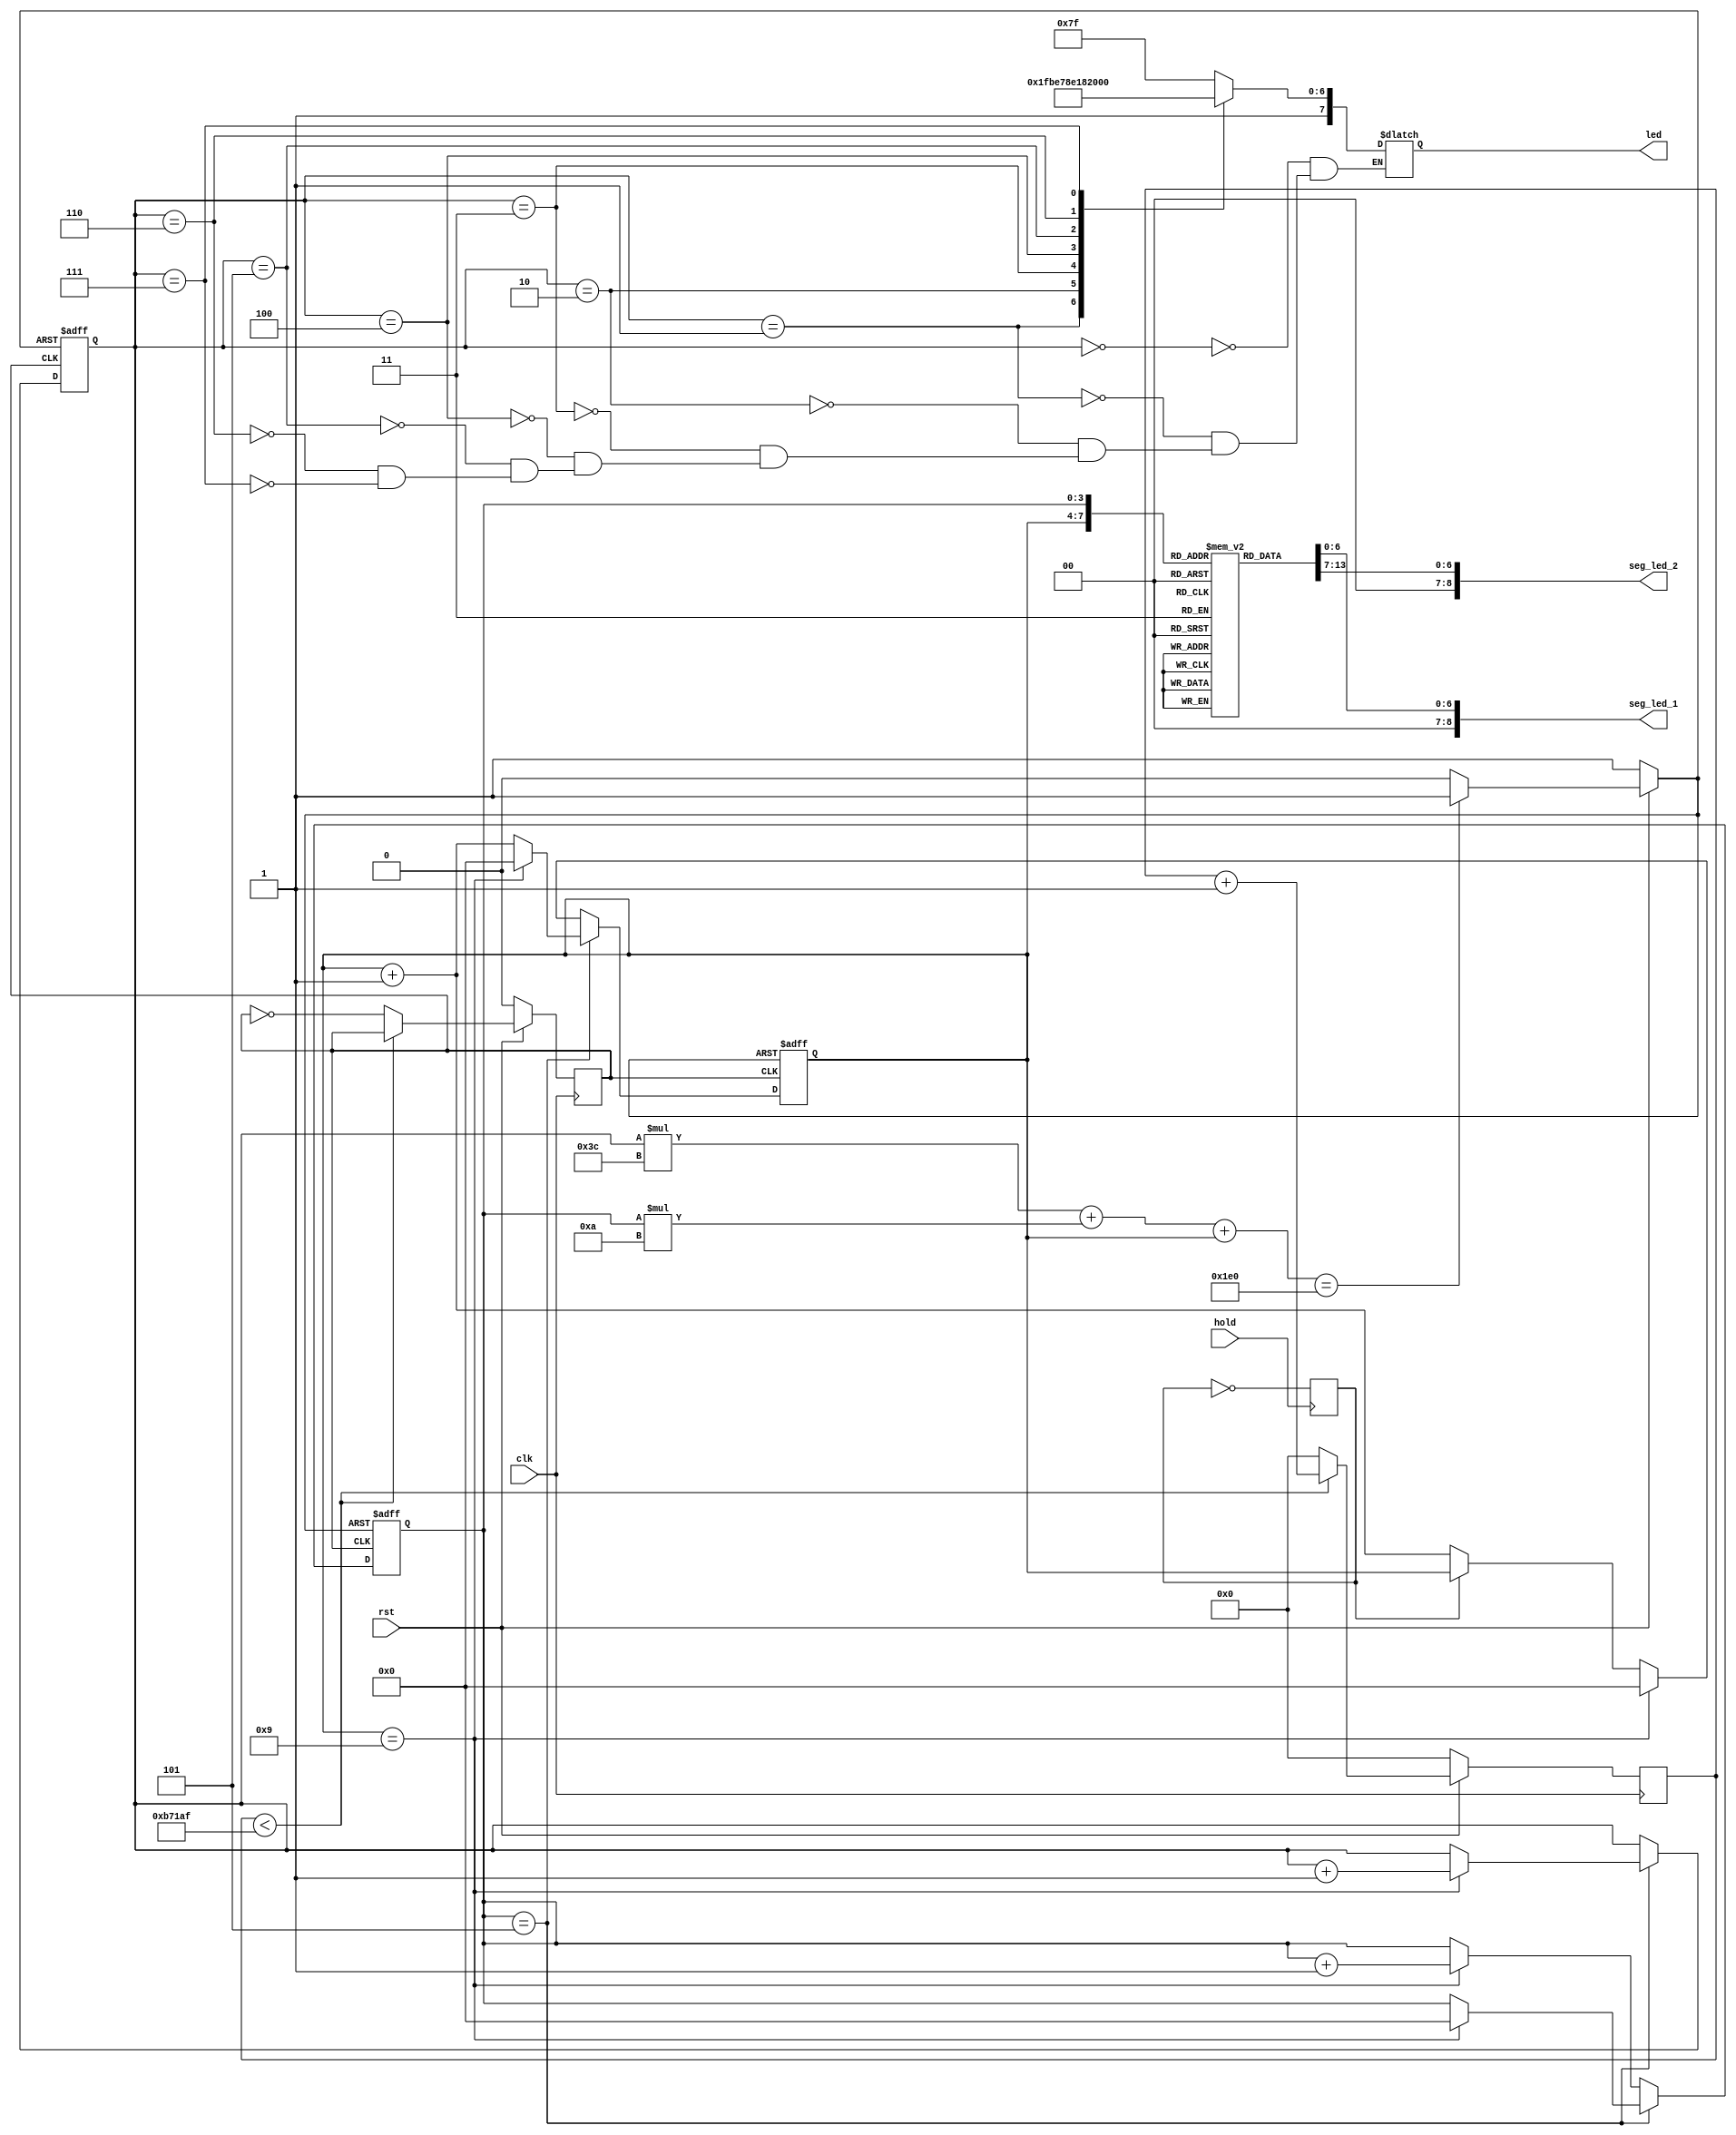
module segment_counter
(
	clk,
	rst,
	hold,
	seg_led_1,
	seg_led_2,
	led,
);
 
	input clk,rst;
	input	hold;
 
	output reg	[8:0]	seg_led_1,seg_led_2;
	output reg	[7:0] led;
 
	reg		clk_divided;
	reg		hold_flag;
	reg		back_to_zero_flag	=	0;
	reg   	[6:0]  seg		[9:0];  
	reg 		[23:0]	cnt;
	reg		[3:0]	cnt_ge;
	reg		[3:0]	cnt_shi;
	reg		[3:0] cnt_fen;
 
	parameter	PERIOD=750000;	//1
 
	initial 
	begin
		seg[0] = 7'h3f;	   //  0
		seg[1] = 7'h06;	   //  1
		seg[2] = 7'h5b;	   //  2
		seg[3] = 7'h4f;	   //  3
		seg[4] = 7'h66;	   //  4
		seg[5] = 7'h6d;	   //  5
		seg[6] = 7'h7d;	   //  6
		seg[7] = 7'h07;	   //  7
		seg[8] = 7'h7f;	   //  8
		seg[9] = 7'h6f;	   //  9
/*A-F,
		seg[10]= 7'hf7;	   //  A
		seg[11]= 7'h7c;	   //  b
		seg[12]= 7'h39;    //  C
		seg[13]= 7'h5e;    //  d
		seg[14]= 7'h79;    //  E
		seg[15]= 7'h71;    //  F*/
	end
 
	always @ (posedge clk) begin		// 1Hz
			if (!rst == 1) begin
				cnt <= 0;
				clk_divided <= 0; end
			else begin
				if (cnt < PERIOD-1)
					cnt <= cnt + 1;
				else begin
					cnt <= 0;
					clk_divided <= ~clk_divided; end
				end
		end
 
	always @ (*) begin
		if (!rst == 1)
			back_to_zero_flag <= 1;
		else if (((cnt_fen*60) + (cnt_shi*10) + cnt_ge)==480)
			back_to_zero_flag <= 1;
		else
			back_to_zero_flag <= 0;
		end
 
	always @ (posedge hold)
		hold_flag <= ~hold_flag;
 
	always @ (posedge clk_divided or posedge back_to_zero_flag) begin
		if (back_to_zero_flag == 1) begin
			cnt_ge <= 0;
			cnt_shi <= 0;
			cnt_fen = 0;end
		else if (cnt_shi == 5) begin
			if (cnt_ge == 9)begin
			cnt_ge <= 0;
			cnt_shi <= 0;
			cnt_fen <= cnt_fen + 1; end
			else cnt_ge <= cnt_ge + 1;
		end
		else if (cnt_ge == 9) begin
			cnt_ge <= 0;
			cnt_shi <= cnt_shi + 1; end

//		else if ((cnt_shi*10) + cnt_ge == 59) begin
//			cnt_ge <= 0;
//			cnt_shi <= 0;
//			cnt_fen <= cnt_fen + 1;end

		else if (hold_flag == 1)
			cnt_ge <= cnt_ge;
		else
			cnt_ge <= cnt_ge + 1;
		end
always @ (cnt_fen)
	begin
		case(cnt_fen)                                                   //casedefault
			3'b000:	led=8'b1111_1111;                         //_  
			3'b001:	led=8'b1111_1110;                         //'+Verilogbodh
			3'b010:	led=8'b1111_1100;
			3'b011:	led=8'b1111_1000;
			3'b100:	led=8'b1111_0000;
			3'b101:	led=8'b1110_0000;
			3'b110:  led=8'b1100_0000;
			3'b111:	led=8'b1000_0000;
			default: ;
		endcase
	end
	always @ (cnt_ge) begin
		seg_led_2[8:0] <= {2'b00,seg[cnt_ge]};
	 	end
 
	always @ (cnt_shi) begin
		seg_led_1[8:0] <= {2'b00,seg[cnt_shi]};
	 	end
 
endmodule